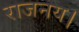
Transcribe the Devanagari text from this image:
राजनय।